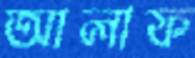
আলাফ